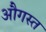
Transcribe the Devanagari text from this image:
औगस्त